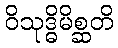
ဝိသုဒ္ဓိမိစ္ဆတိ